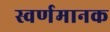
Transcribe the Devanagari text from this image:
स्वर्णमानक